system: You are a helpful assistant.
user:
Analyze the provided spectrum to determine if it is a **White Dwarf (WD)**.

A White Dwarf spectrum is defined by its **extreme purity** (due to gravitational settling) and/or **extreme pressure broadening** (due to high surface gravity). You must check for one of the following mutually exclusive signatures:

- **Key Visual Indicators (Check for ONE of these types):**

    - **1. DA-Type Signature (Most Common):**
        - **(Primary Feature):** Extreme pressure broadening (Stark broadening) of the **Hydrogen (H) Balmer lines**.
        - **(Key Lines):** $H\beta$ (approx. $4861$ Å) and $H\gamma$ (approx. $4340$ Å). $H\alpha$ (approx. $6563$ Å) will also be present if the wavelength range covers it.
        - **(Line Profile):** This is the **defining feature**. The lines are **NOT** sharp. They appear as massive, **extremely broad and deep "troughs" or "dips"** in the spectrum, often hundreds of Ångströms wide. The continuum will appear to "scoop" down at these wavelengths.
        - **(Distinction):** Normal A-type or B-type stars have *narrow* and *sharp* Hydrogen lines. A DA White Dwarf's lines are unmistakably "smeared" or "blurry" from pressure.

    - **2. DB-Type Signature:**
        - **(Primary Feature):** Broad absorption lines from **Neutral Helium (He I)**. The spectrum must lack any visible Hydrogen lines.
        - **(Key Lines):** Look for broad absorption near $4471$ Å, $4921$ Å, and $5876$ Å.
        - **(Line Profile):** These lines are also significantly pressure-broadened, appearing much wider than they would in a normal B-type main-sequence star.

    - **3. DC-Type Signature:**
        - **(Primary Feature):** A **featureless continuous spectrum**.
        - **(Line Profile):** The spectrum is a smooth curve with **no significant absorption or emission lines**.
        - **(Key Confirmation):** The continuum is almost always **blue or white**, indicating a hot object. This signature implies the atmosphere is so pure (or so cool) that no spectral lines are visible in the optical range. Its WD identity is confirmed by its extremely low intrinsic brightness (high absolute magnitude).

    - **4. DZ-Type Signature (Metal-Polluted):**
        - **(Primary Feature):** **Isolated, narrow metal absorption lines** on an otherwise featureless (DC-like) continuum.
        - **(Key Lines):** The **Calcium (Ca II) H & K doublet** (approx. **$3934$ Å** and **$3968$ Å**) is the most common and defining feature.
        - **(Line Profile):** These lines are "out of place." They are *not* part of a "forest" of thousands of lines. This signature is evidence of recent *accretion* (pollution) from rocky debris.
        - **(Distinction):** Normal G/K/M stars have a *dense forest* of thousands of metal lines. A DZ has a *clean* continuum with *only a few* strong metal lines.

    - **5. DQ-Type Signature (Carbon-Polluted):**
        - **(Primary Feature):** Absorption bands from **Carbon (C₂ "Swan Bands" or atomic C I)**.
        - **(Key Lines - C₂):** Look for bandheads with a "saw-tooth" shape near $5635$ Å, **$5165$ Å** (strongest), and $4737$ Å.
        - **(Key Confirmation):** The underlying **continuum must be blue or white** (hot).
        - **(Distinction):** This is the critical difference from a **Carbon Star**, which has the *exact same* C₂ bands but on an extremely **red, cool** continuum.

- **(Overall Spectrum):**
    - The continuum (overall shape) is typically **blue-sloping** (brighter in the blue than the red), as most white dwarfs are very hot.
    - The spectrum will look "pure" or "simple," dominated by only *one* of the five signatures listed above.

Think first, call **spectral_visualization_tool** if needed to examine features in detail, then provide your final answer. Your response must adhere to the following strict rules:
1.  **Overall Structure:** Your response must follow the format `<think>...</think> <tool_call>...</tool_call> (if a tool is used) <answer>...</answer>`.
2.  **Tool Usage Constraint:** You may only make **one** tool call per turn.
3.  **Final Answer Format:** In the `<answer>` tag, your conclusion must be inside a `\boxed{}` command (e.g., `\boxed{YES}` or `\boxed{NO}`), followed by your justification.

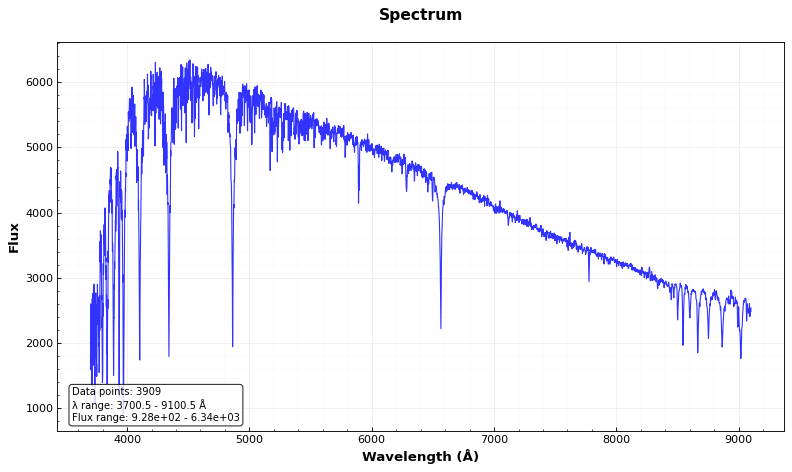
Answer: NO